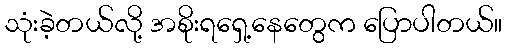
သုံးခဲ့တယ်လို့ အစိုးရရှေ့နေတွေက ပြောပါတယ်။